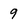
Character: 9